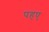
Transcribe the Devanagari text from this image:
पहए